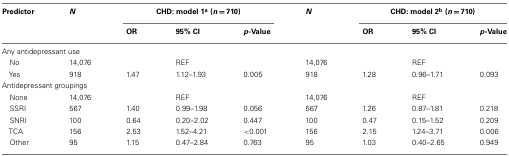
| Predictor | N | <COLSPAN=3> CHD: model 1a (n = 710) | N | <COLSPAN=3> CHD: model 2b (n = 710) |
 |  |  | OR | 95% CI | p-Value |  | OR | 95% CI | p-Value |
 | --- | --- | --- | --- | --- | --- | --- | --- | --- |
 | <COLSPAN=9> Any antidepressant use |
 | No | 14,076 |  | REF |  | 14,076 |  | REF |  |
 | Yes | 918 | 1.47 | 1.12–1.93 | 0.005 | 918 | 1.28 | 0.96–1.71 | 0.093 |
 | <COLSPAN=9> Antidepressant groupings |
 | None | 14,076 |  | REF |  | 14,076 |  | REF |  |
 | SSRI | 567 | 1.40 | 0.99–1.98 | 0.056 | 567 | 1.26 | 0.87–1.81 | 0.218 |
 | SNRI | 100 | 0.64 | 0.20–2.02 | 0.447 | 100 | 0.47 | 0.15–1.52 | 0.209 |
 | TCA | 156 | 2.53 | 1.52–4.21 | <0.001 | 156 | 2.15 | 1.24–3.71 | 0.006 |
 | Other | 95 | 1.15 | 0.47–2.84 | 0.763 | 95 | 1.03 | 0.40–2.65 | 0.949 |